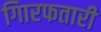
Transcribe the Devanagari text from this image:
गिारफतारी